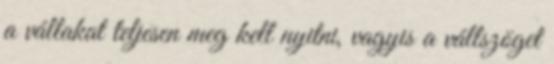
a vállakat teljesen meg kell nyitni, vagyis a vállszöget